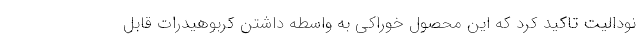
نودالیت تاکید کرد که این محصول خوراکی به واسطه داشتن کربوهیدرات قابل